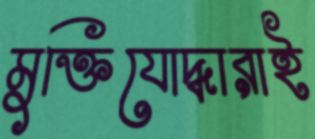
মুক্তিযোদ্ধারাই